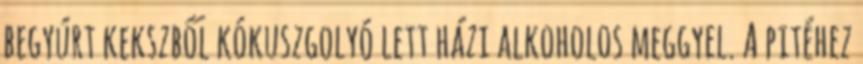
begyúrt kekszből kókuszgolyó lett házi alkoholos meggyel. A pitéhez